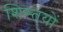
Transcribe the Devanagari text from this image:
शिस्तयों